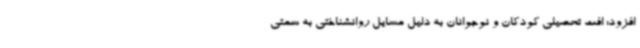
افزود: افت تحصیلی کودکان و نوجوانان به دلیل مسایل روانشناختی به سمتی